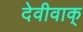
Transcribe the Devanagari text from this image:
देवीवाक्‌